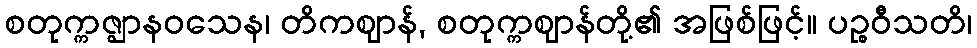
စတုက္ကဇ္ဈာနဝသေန၊ တိကဈာန်, စတုက္ကဈာန်တို့၏ အဖြစ်ဖြင့်။ ပဉ္စဝီသတိ၊